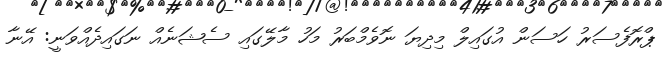
ޕްރޮފެސަރު ހަސަން އުގައިލް މިދިޔަ ނޮވެމްބަރު މަހު މާލޭގައި ސެޝަނެއް ނަގައިދެއްވަނީ: އޭނާ